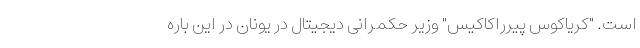
است. "کریاکوس پیرراکاکیس" وزیر حکمرانی دیجیتال در یونان در این باره